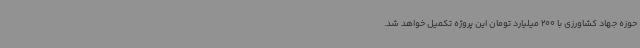
حوزه جهاد کشاورزی با 200 میلیارد تومان این پروژه تکمیل خواهد شد.